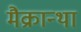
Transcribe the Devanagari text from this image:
मैक्रान्था